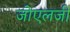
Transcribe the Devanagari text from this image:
जोएलजी